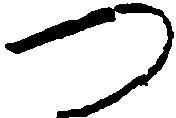
つ